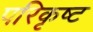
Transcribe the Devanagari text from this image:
परिकृष्ट